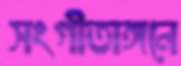
সংগীতাঙ্গনে